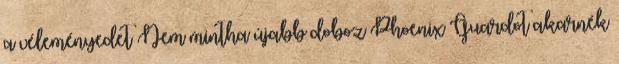
a véleményedet Nem mintha újabb doboz Phoenix Guardot akarnék